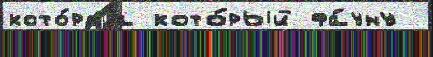
кото́раjа кото́рый фа́уну